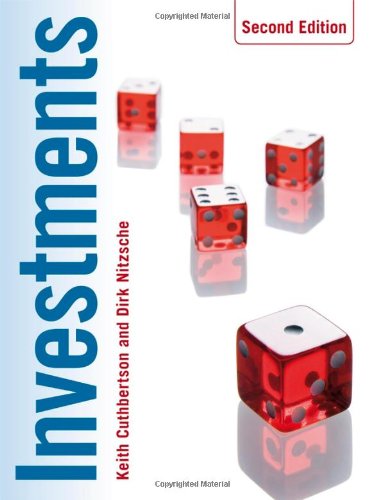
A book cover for Investments; Keith Cuthbertson; Business & Money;